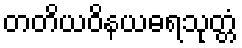
တတိယဝိနယဓရသုတ္တံ